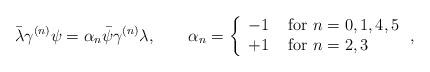
LaTeX: \begin{align*}\bar{\lambda}\gamma^{(n)}\psi=\alpha_n\bar{\psi}\gamma^{(n)}\lambda, \qquad \alpha_n= \left\{ \begin{array}{ll} -1&\mbox{ for }n=0,1,4,5 \\ +1&\mbox{ for }n=2,3\end{array}\right.,\end{align*}